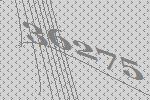
36275